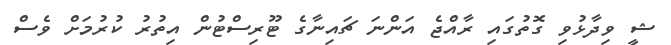
ޝީ ވިދާޅުވި ގޮތުގައި ރާއްޖެ އަންނަ ޗައިނާގެ ޓޫރިސްޓުން އިތުރު ކުރުމަށް ވެސް